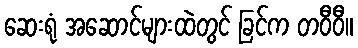
ဆေးရုံ အဆောင်များထဲတွင် ခြင်က တဝီဝီ။